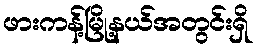
ဖားကန့်မြို့နယ်အတွင်းရှိ